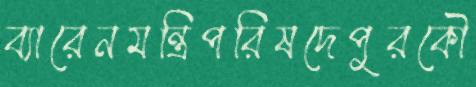
ব্যারেনমন্ত্রিপরিষদেপুরকৌ